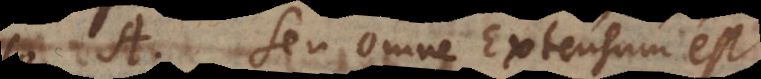
A. Seu omne Extensum est